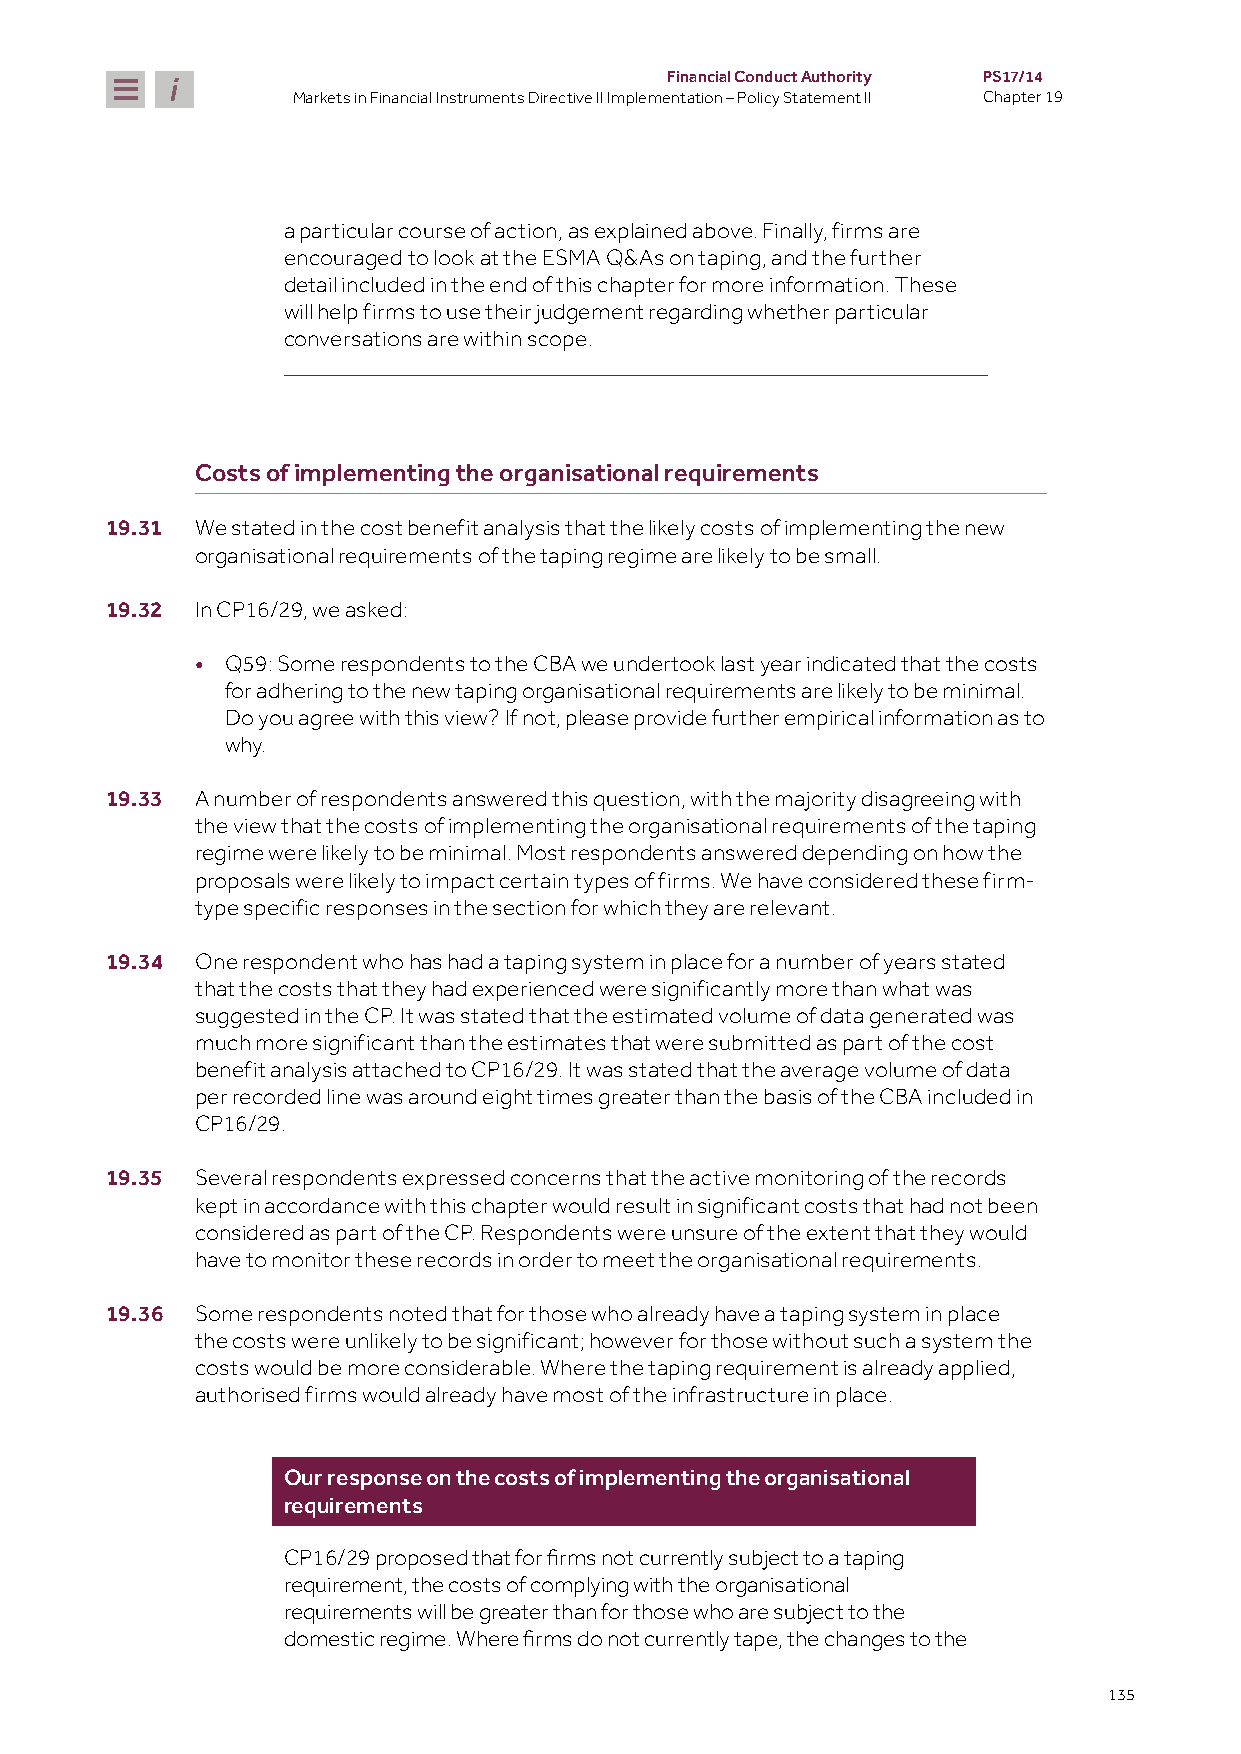
Financial Conduct Authority PS17/14
 Markets in Financial Instruments Directive II Implementation – Policy Statement II Chapter 19
 a particular course of action, as explained above. Finally, firms are
 encouraged to look at the ESMA Q&As on taping, and the further
 detail included in the end of this chapter for more information. These
 will help firms to use their judgement regarding whether particular
 conversations are within scope.
 Costs of implementing the organisational requirements
 19.31 We stated in the cost benefit analysis that the likely costs of implementing the new
 organisational requirements of the taping regime are likely to be small.
 19.32 In CP16/29, we asked:
 • Q59: Some respondents to the CBA we undertook last year indicated that the costs
 for adhering to the new taping organisational requirements are likely to be minimal.
 Do you agree with this view? If not, please provide further empirical information as to
 why.
 19.33 A number of respondents answered this question, with the majority disagreeing with
 the view that the costs of implementing the organisational requirements of the taping
 regime were likely to be minimal. Most respondents answered depending on how the
 proposals were likely to impact certain types of firms. We have considered these firm-
 type specific responses in the section for which they are relevant.
 19.34 One respondent who has had a taping system in place for a number of years stated
 that the costs that they had experienced were significantly more than what was
 suggested in the CP. It was stated that the estimated volume of data generated was
 much more significant than the estimates that were submitted as part of the cost
 benefit analysis attached to CP16/29. It was stated that the average volume of data
 per recorded line was around eight times greater than the basis of the CBA included in
 CP16/29.
 19.35 Several respondents expressed concerns that the active monitoring of the records
 kept in accordance with this chapter would result in significant costs that had not been
 considered as part of the CP. Respondents were unsure of the extent that they would
 have to monitor these records in order to meet the organisational requirements.
 19.36 Some respondents noted that for those who already have a taping system in place
 the costs were unlikely to be significant; however for those without such a system the
 costs would be more considerable. Where the taping requirement is already applied,
 authorised firms would already have most of the infrastructure in place.
 Our response on the costs of implementing the organisational
 requirements
 CP16/29 proposed that for firms not currently subject to a taping
 requirement, the costs of complying with the organisational
 requirements will be greater than for those who are subject to the
 domestic regime. Where firms do not currently tape, the changes to the
 135